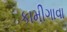
કામીગાવા